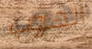
الهروب